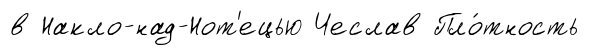
в Накло-над-Нот'ецью Чеслав Пло́тность